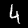
Label: 4